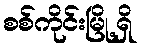
စစ်ကိုင်းမြို့ရှိ